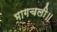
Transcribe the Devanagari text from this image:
भागचली॥